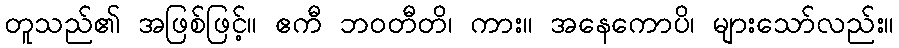
တူသည်၏ အဖြစ်ဖြင့်။ ဧကီ ဘဝတီတိ၊ ကား။ အနေကောပိ၊ များသော်လည်း။